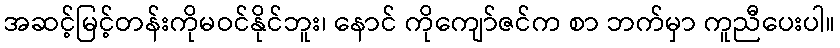
အဆင့်မြင့်တန်းကိုမဝင်နိုင်ဘူး၊ နောင် ကိုကျော်ဇင်က စာ ဘက်မှာ ကူညီပေးပါ။